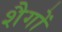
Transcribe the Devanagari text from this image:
शैगों